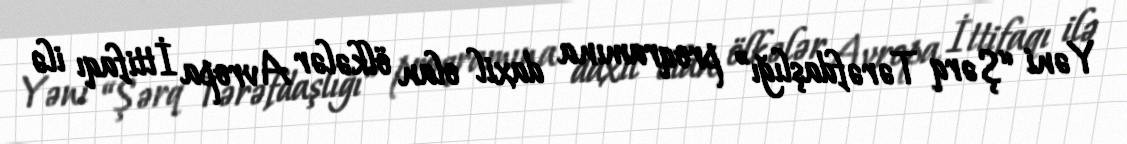
Yəni “Şərq Tərəfdaşlığı” proqramına daxil olan ölkələr Avropa İttifaqı ilə